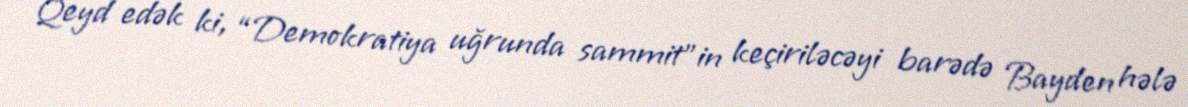
Qeyd edək ki, “Demokratiya uğrunda sammit”in keçiriləcəyi barədə Bayden hələ